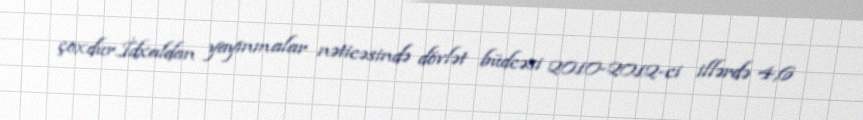
çoxdur.İdxaldan yayınmalar nəticəsində dövlət büdcəsi 2010-2012-ci illərdə 4,6